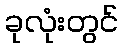
ခုလုံးတွင်